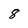
Character: 8